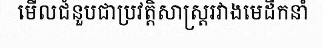
មើលជំនួបជាប្រវត្តិសាស្ត្ររវាងមេដឹកនាំ